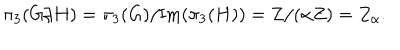
LaTeX: \pi _ { 3 } ( G / H ) = \pi _ { 3 } ( G ) / \mathrm { I m } ( \pi _ { 3 } ( H ) ) = Z / ( \alpha Z ) = Z _ { \alpha } .